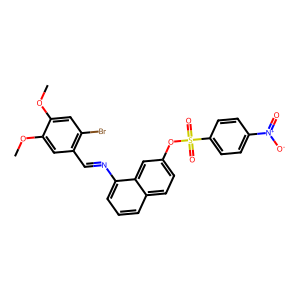
SMILES: COc1cc(Br)c(C=Nc2cccc3ccc(OS(=O)(=O)c4ccc([N+](=O)[O-])cc4)cc23)cc1OC
Inhibits HIV replication: No